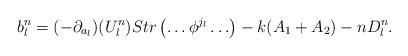
LaTeX: \begin{align*}b^n_l=(-\partial_{a_l})(U^n_l)Str\left(\ldots \phi^{j_l}\ldots \right)-k(A_1+A_2)-nD^n_l.\end{align*}